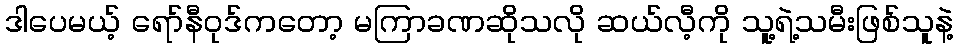
ဒါပေမယ့် ရော်နီဝုဒ်ကတော့ မကြာခဏဆိုသလို ဆယ်လီ့ကို သူ့ရဲ့သမီးဖြစ်သူနဲ့